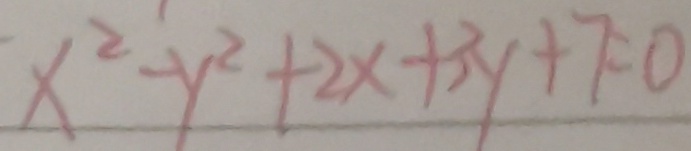
x ^ { 2 } - y ^ { 2 } + 2 x + 3 y + 7 = 0